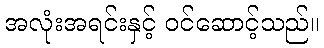
အလုံးအရင်းနှင့် ဝင်ဆောင့်သည်။